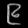
Digit: ၉